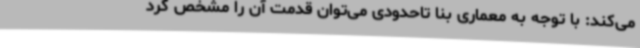
می‌کند: با توجه به معماری بنا تاحدودی می‌توان قدمت آن را مشخص کرد